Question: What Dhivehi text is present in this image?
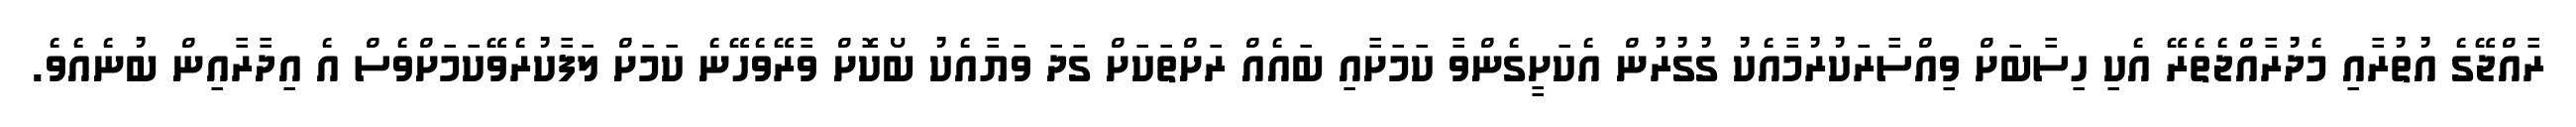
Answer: ރާއްޖޭގެ އުތުރާއި މެދުރާއްޖެތެރޭ އެކި ހިސާބަށް ވިއްސާރަކުރުމާއެކު ގުގުރުން އެކަށީގެންވާ ކަމަށާއި ބައެއް ރަށްތަކަށް ގަދަ ވަޔާއެކު ބޯކޮށް ވާރޭވެހޭނެ ކަމަށް ލަފާކުރެވޭކަމަށްވެސް އެ އިދާރާއިން ބުނެއެވެ.